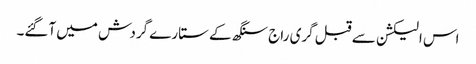
اس الیکشن سے قبل گری راج سنگھ کے ستارے گردش میں آگئے۔